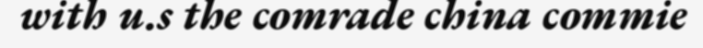
with u.s the comrade china commie